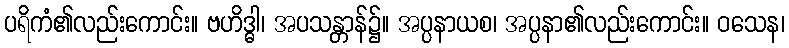
ပရိကံ၏လည်းကောင်း။ ဗဟိဒ္ဓါ၊ အပသန္တာန်၌။ အပ္ပနာယစ၊ အပ္ပနာ၏လည်းကောင်း။ ဝသေန၊